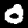
Label: 0